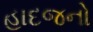
હાદજનો